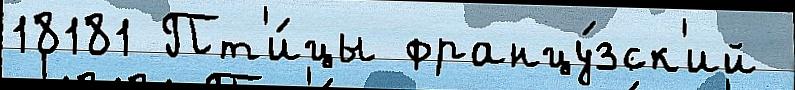
18181 Пт'и́цы францу́зск'ий